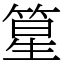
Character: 篂